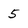
Character: 5